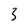
Character: 3